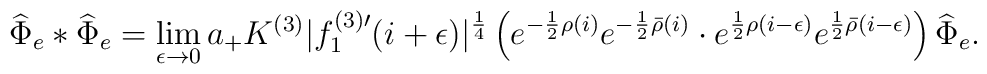
\widehat{\Phi}_e *\widehat{\Phi}_e=\lim_{\epsilon\to 0}a_+K^{(3)}|f^{(3)\prime}_1(i+\epsilon)|^{\frac{1}{4}}\left(e^{-\frac{1}{2}\rho(i)}e^{-\frac{1}{2}\bar{\rho}(i)}\cdot e^{\frac{1}{2}\rho(i-\epsilon)}e^{\frac{1}{2}\bar{\rho}(i-\epsilon)}\right)\widehat{\Phi}_e.